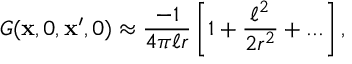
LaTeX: G ( { \bf x } , 0 , { \bf x } ^ { \prime } , 0 ) \approx { \frac { - 1 } { 4 \pi \ell r } } \left[ 1 + { \frac { \ell ^ { 2 } } { 2 r ^ { 2 } } } + . . . \right] ,